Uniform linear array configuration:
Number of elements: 8
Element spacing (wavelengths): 0.75
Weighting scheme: cosine
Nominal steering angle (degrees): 60
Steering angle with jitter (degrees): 60.721
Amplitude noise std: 0.05
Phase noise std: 0.05

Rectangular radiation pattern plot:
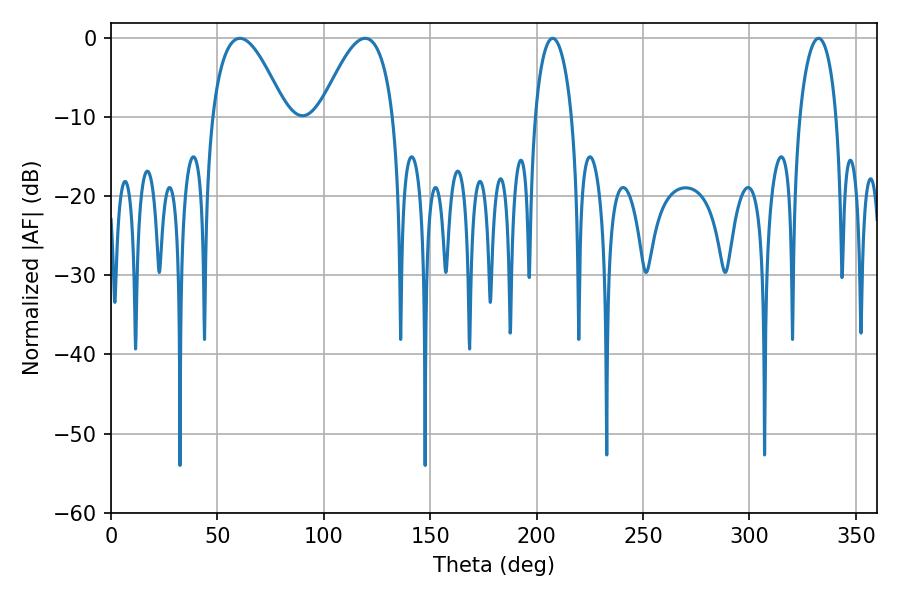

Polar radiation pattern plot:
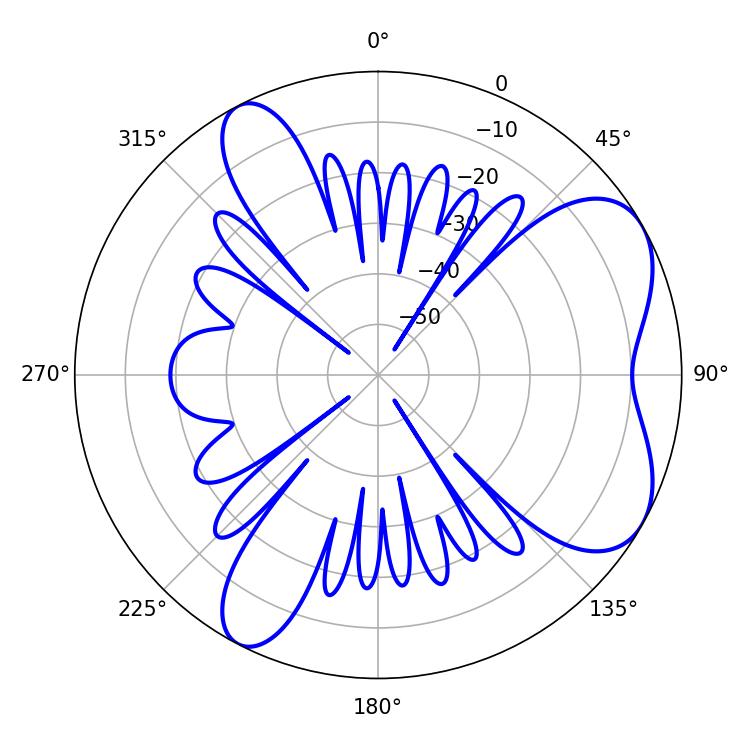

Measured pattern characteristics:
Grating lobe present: TRUE
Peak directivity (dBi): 6.27
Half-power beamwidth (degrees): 9.9
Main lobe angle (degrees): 207.54